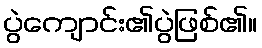
ပွဲကျောင်း၏ပွဲဖြစ်၏။